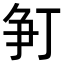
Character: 𬋨